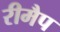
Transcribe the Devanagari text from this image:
रीमैप